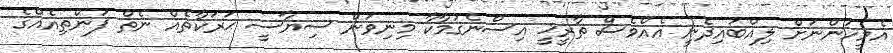
އެމީހުންނަށް ލިއްބައިދެނީ އެއްވެސް ތާރީޚީ އިސްނެގުމާކާ މިނިވަން ސިޔާސީ ޙަރަކާތެއް ނެތް ފަންތިއެއްގެ